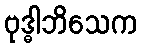
ဗုဒ္ဓါဘိသေက